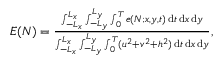
\begin{array} { r } { E ( N ) = \frac { \int _ { - L _ { x } } ^ { L _ { x } } \int _ { - L _ { y } } ^ { L _ { y } } \int _ { 0 } ^ { T } e ( N ; x , y , t ) \, \mathrm { d } t \, \mathrm { d } x \, \mathrm { d } y } { \int _ { - L _ { x } } ^ { L _ { x } } \int _ { - L _ { y } } ^ { L _ { y } } \int _ { 0 } ^ { T } ( u ^ { 2 } + v ^ { 2 } + h ^ { 2 } ) \, \mathrm { d } t \, \mathrm { d } x \, \mathrm { d } y } , } \end{array}